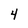
Character: 4